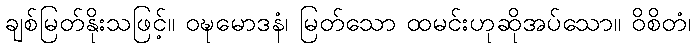
ချစ်မြတ်နိုးသဖြင့်။ ဝဍ္ဎမောဒနံ၊ မြတ်သော ထမင်းဟုဆိုအပ်သော။ ဝိစိတံ၊